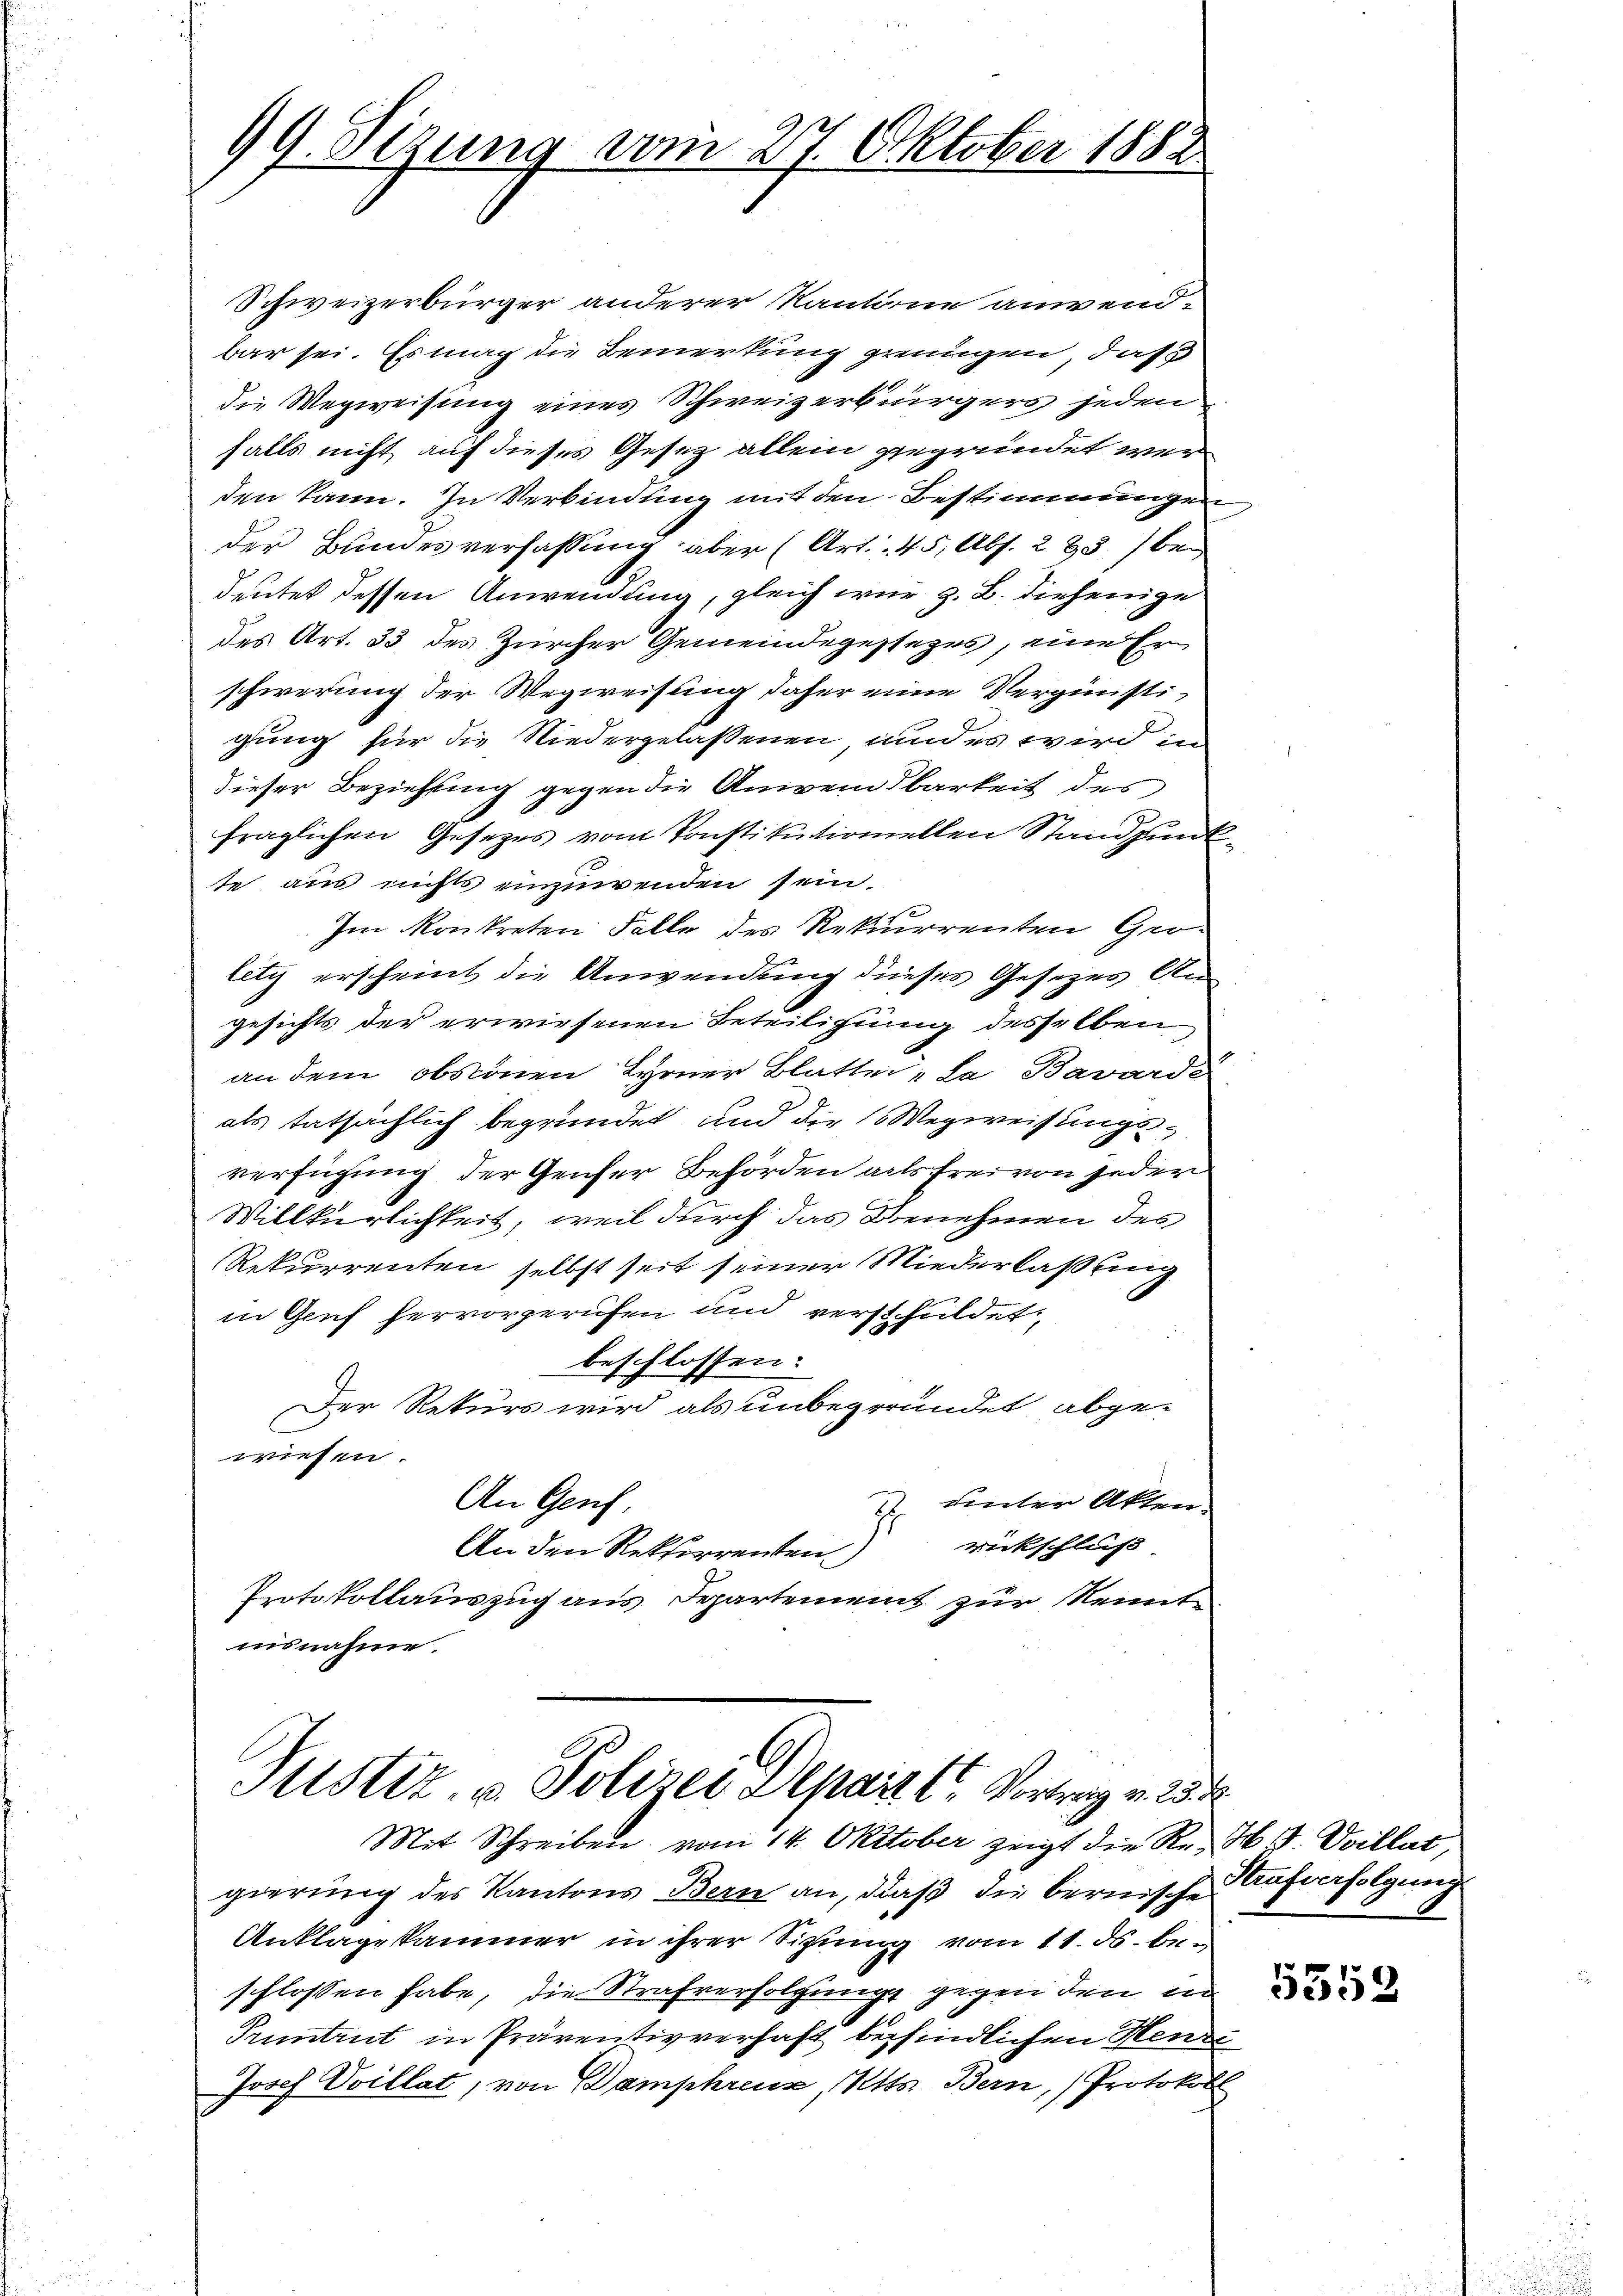
99. Sizung vom 27. Oktober 1882

Schweizerbürger anderer Kantone anwend-
bar sei. Es mag die Bemerkung grungen, daß
die Wegweisung eines Schweizerbürgers jeden
falls nicht auf dieses Gesetz allein gegründet werden kann. In Verbindung mit den Bestimmungen
der Bundesverfassung aber (Art. 45, Abs. 283) bedeutet dessen Anwendung, gleich wir z. B. diejenige
des Art. 33 des Zürcher Gemeindegessezes, eine Er
schwerung der Wegweisung daher eine Vergünstigung für die Niedergelassenen, und es wird in
dieser Beziehung gegen die Anweisbarkeit des
fraglichen Gesetzes vom Konstitutioniellen Standpunkte aus nichts einzuwenden sein.
Im konkreten Falle des Rekurrenten Grolety erscheint die Anwendung dieses Gesetzes Angesichts der erwiesenen Beteiligung desselben
an dem obszönen Lyoner Blatter „la Bavarde
als tatsächlich begründet und die Wegweisungsverfügung der Genfer Behörden alls frei von jeder
Willkürlichkeit, weil durch das Benehmen des
Rekurrenten selbst seit seiner Niederlaßung
in Genf hervorgerufen und verschuldet
beschlossen:
Der Rekurs wird als unbegründet abge-
wiesen.
An Genf,
3. Einter Akten.
rickschluß
An den Rektorrenten
Protokollauszug aus Departement zur Kenntisnahme.

Justiz, u. Polizei Separt l. Vortrag v. 25.
Mit Schreiben vom 14. Oktober zeigt die Re- H. V. Ovillat,

gierung des Kantons Bern an, daß die bernische Aufverfolgung
Anklagekammer in ihrer Sitzung vom 11. ds. beschlossen habe, die Strafverfolgung gegenden in
Pruntrut in Präventivverhaft befindlichen Hende
Josef Vvillat, von Damphrenz, Kts. Bern, Protokoll

5352